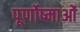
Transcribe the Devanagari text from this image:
पूर्णोष्माओं